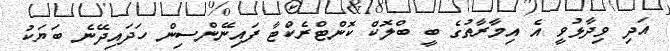
އަދި ވިދާޅުވީ އެ އިމާރާތުގެ ބީ ބްލޮކް ކޮންޓްރެކްޓާ ފައިނޭންސިން ހަދައިދޭނެ ބަޔަކު